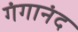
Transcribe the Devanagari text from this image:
गंगानंद